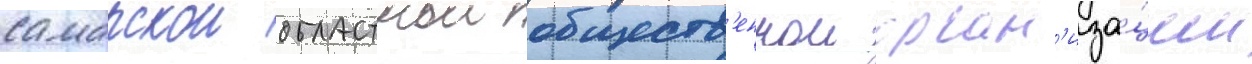
самарскои областнои обществ'еннои орган'иза́ции